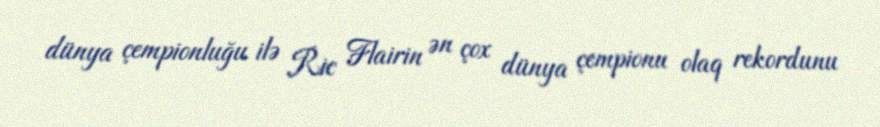
dünya çempionluğu ilə Ric Flairin ən çox dünya çempionu olaq rekordunu